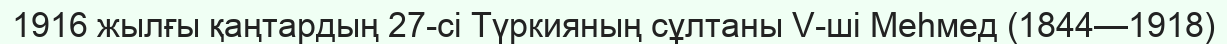
1916 жылғы қаңтардың 27-сі Түркияның сұлтаны V-ші Меһмед (1844—1918)